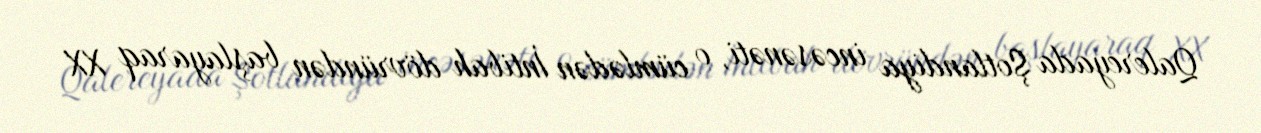
Qalereyada Şotlandiya incəsənəti, o cümlədən İntibah dövründən başlayaraq XX